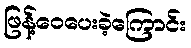
ဖြန့်ဝေပေးခဲ့ကြောင်း